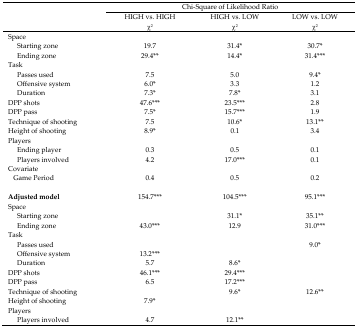
<table><thead><tr><td rowspan="2"></td><td colspan="3"><b>Chi-Square of Likelihood Ratio</b></td></tr><tr><td><b>HIGH vs. HIGH χ<sup>2</sup></b></td><td><b>HIGH vs. LOW χ<sup>2</sup></b></td><td><b>LOW vs. LOW χ<sup>2</sup></b></td></tr></thead><tbody><tr><td>Space</td><td></td><td></td><td></td></tr><tr><td>Starting zone</td><td>19.7</td><td>31.4<sup>*</sup></td><td>30.7<sup>*</sup></td></tr><tr><td>Ending zone</td><td>29.4<sup>**</sup></td><td>14.4<sup>*</sup></td><td>31.4<sup>***</sup></td></tr><tr><td>Task</td><td></td><td></td><td></td></tr><tr><td>Passes used</td><td>7.5</td><td>5.0</td><td>9.4<sup>*</sup></td></tr><tr><td>Offensive system</td><td>6.0<sup>*</sup></td><td>3.3</td><td>1.2</td></tr><tr><td>Duration</td><td>7.3<sup>*</sup></td><td>7.8<sup>*</sup></td><td>3.1</td></tr><tr><td>DPP shots</td><td>47.6<sup>***</sup></td><td>23.5<sup>***</sup></td><td>2.8</td></tr><tr><td>DPP pass</td><td>7.5<sup>*</sup></td><td>15.7<sup>***</sup></td><td>1.9</td></tr><tr><td>Technique of shooting</td><td>7.5</td><td>10.6<sup>*</sup></td><td>13.1<sup>**</sup></td></tr><tr><td>Height of shooting</td><td>8.9<sup>*</sup></td><td>0.1</td><td>3.4</td></tr><tr><td>Players</td><td></td><td></td><td></td></tr><tr><td>Ending player</td><td>0.3</td><td>0.5</td><td>0.1</td></tr><tr><td>Players involved</td><td>4.2</td><td>17.0<sup>***</sup></td><td>0.1</td></tr><tr><td>Covariate</td><td></td><td></td><td></td></tr><tr><td>Game Period</td><td>0.4</td><td>0.5</td><td>0.2</td></tr><tr><td><b>Adjusted model</b></td><td>154.7<sup>***</sup></td><td>104.5<sup>***</sup></td><td>95.1<sup>***</sup></td></tr><tr><td>Space</td><td></td><td></td><td></td></tr><tr><td>Starting zone</td><td></td><td>31.1<sup>*</sup></td><td>35.1<sup>**</sup></td></tr><tr><td>Ending zone</td><td>43.0<sup>***</sup></td><td>12.9</td><td>31.0<sup>***</sup></td></tr><tr><td>Task</td><td></td><td></td><td></td></tr><tr><td>Passes used</td><td></td><td></td><td>9.0<sup>*</sup></td></tr><tr><td>Offensive system</td><td>13.2<sup>***</sup></td><td></td><td></td></tr><tr><td>Duration</td><td>5.7</td><td>8.6<sup>*</sup></td><td></td></tr><tr><td>DPP shots</td><td>46.1<sup>***</sup></td><td>29.4<sup>***</sup></td><td></td></tr><tr><td>DPP pass</td><td>6.5</td><td>17.2<sup>***</sup></td><td></td></tr><tr><td>Technique of shooting</td><td></td><td>9.6<sup>*</sup></td><td>12.6<sup>**</sup></td></tr><tr><td>Height of shooting</td><td>7.9<sup>*</sup></td><td></td><td></td></tr><tr><td>Players</td><td></td><td></td><td></td></tr><tr><td>Players involved</td><td>4.7</td><td>12.1<sup>**</sup></td><td></td></tr></tbody></table>